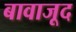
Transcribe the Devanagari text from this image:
बावाजूद